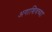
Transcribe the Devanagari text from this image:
अगाशिवच्या